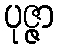
ပုဇ္ဇာ